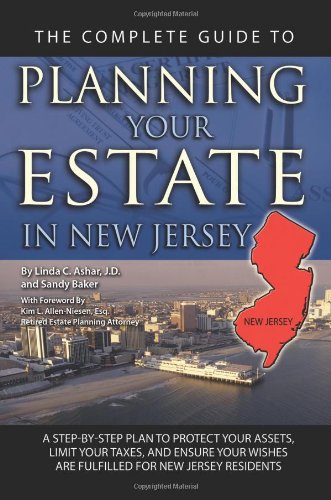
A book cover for The Complete Guide to Planning Your Estate in New Jersey: A Step-by-Step Plan to Protect Your Assets, Limit Your Taxes, and Ensure Your Wishes Are Fulfilled for New Jersey Residents; Linda C. Ashar  Attorney at Law; Law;